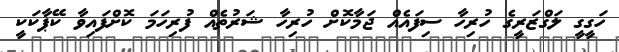
ހަގީގީ ލަގްޒަރީގެ ހުރިހާ ސިފައެއް ޖަމާކޮށް ހުރިހާ ޝަރުތެއް ފުރިހަމަ ކޮށްފައިވާ ކޭޕާކަކީ